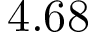
4 . 6 8